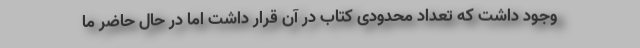
وجود داشت که تعداد محدودی کتاب در آن قرار داشت اما در حال حاضر ما